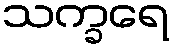
သက္ခရေ